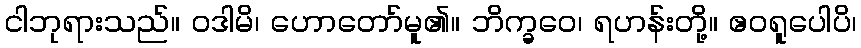
ငါဘုရားသည်။ ဝဒါမိ၊ ဟောတော်မူ၏။ ဘိက္ခဝေ၊ ရဟန်းတို့။ ဧဝရူပေါပိ၊